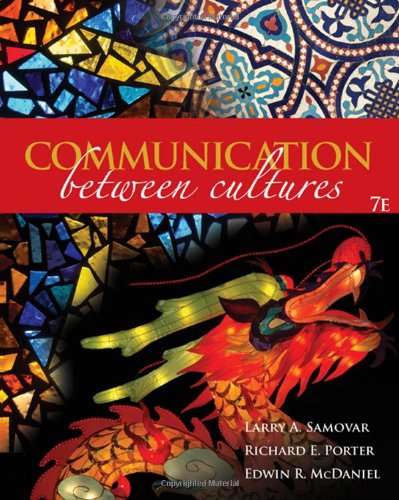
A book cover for Communication Between Cultures; Larry A. Samovar; Reference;